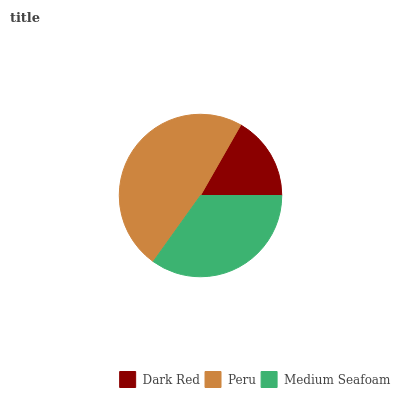
| Dark Red | Peru | Medium Seafoam |
 | --- | --- | --- |
 | 16.7% | 48.4% | 34.9% |